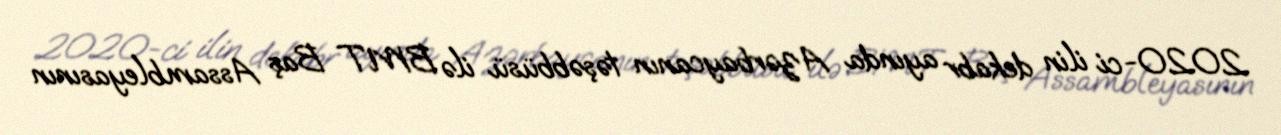
2020-ci ilin dekabr ayında Azərbaycanın təşəbbüsü ilə BMT Baş Assambleyasının